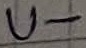
Text: U-